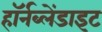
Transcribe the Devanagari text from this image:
हॉर्नब्लेंडाइट